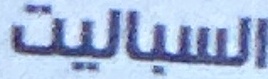
السیالیت